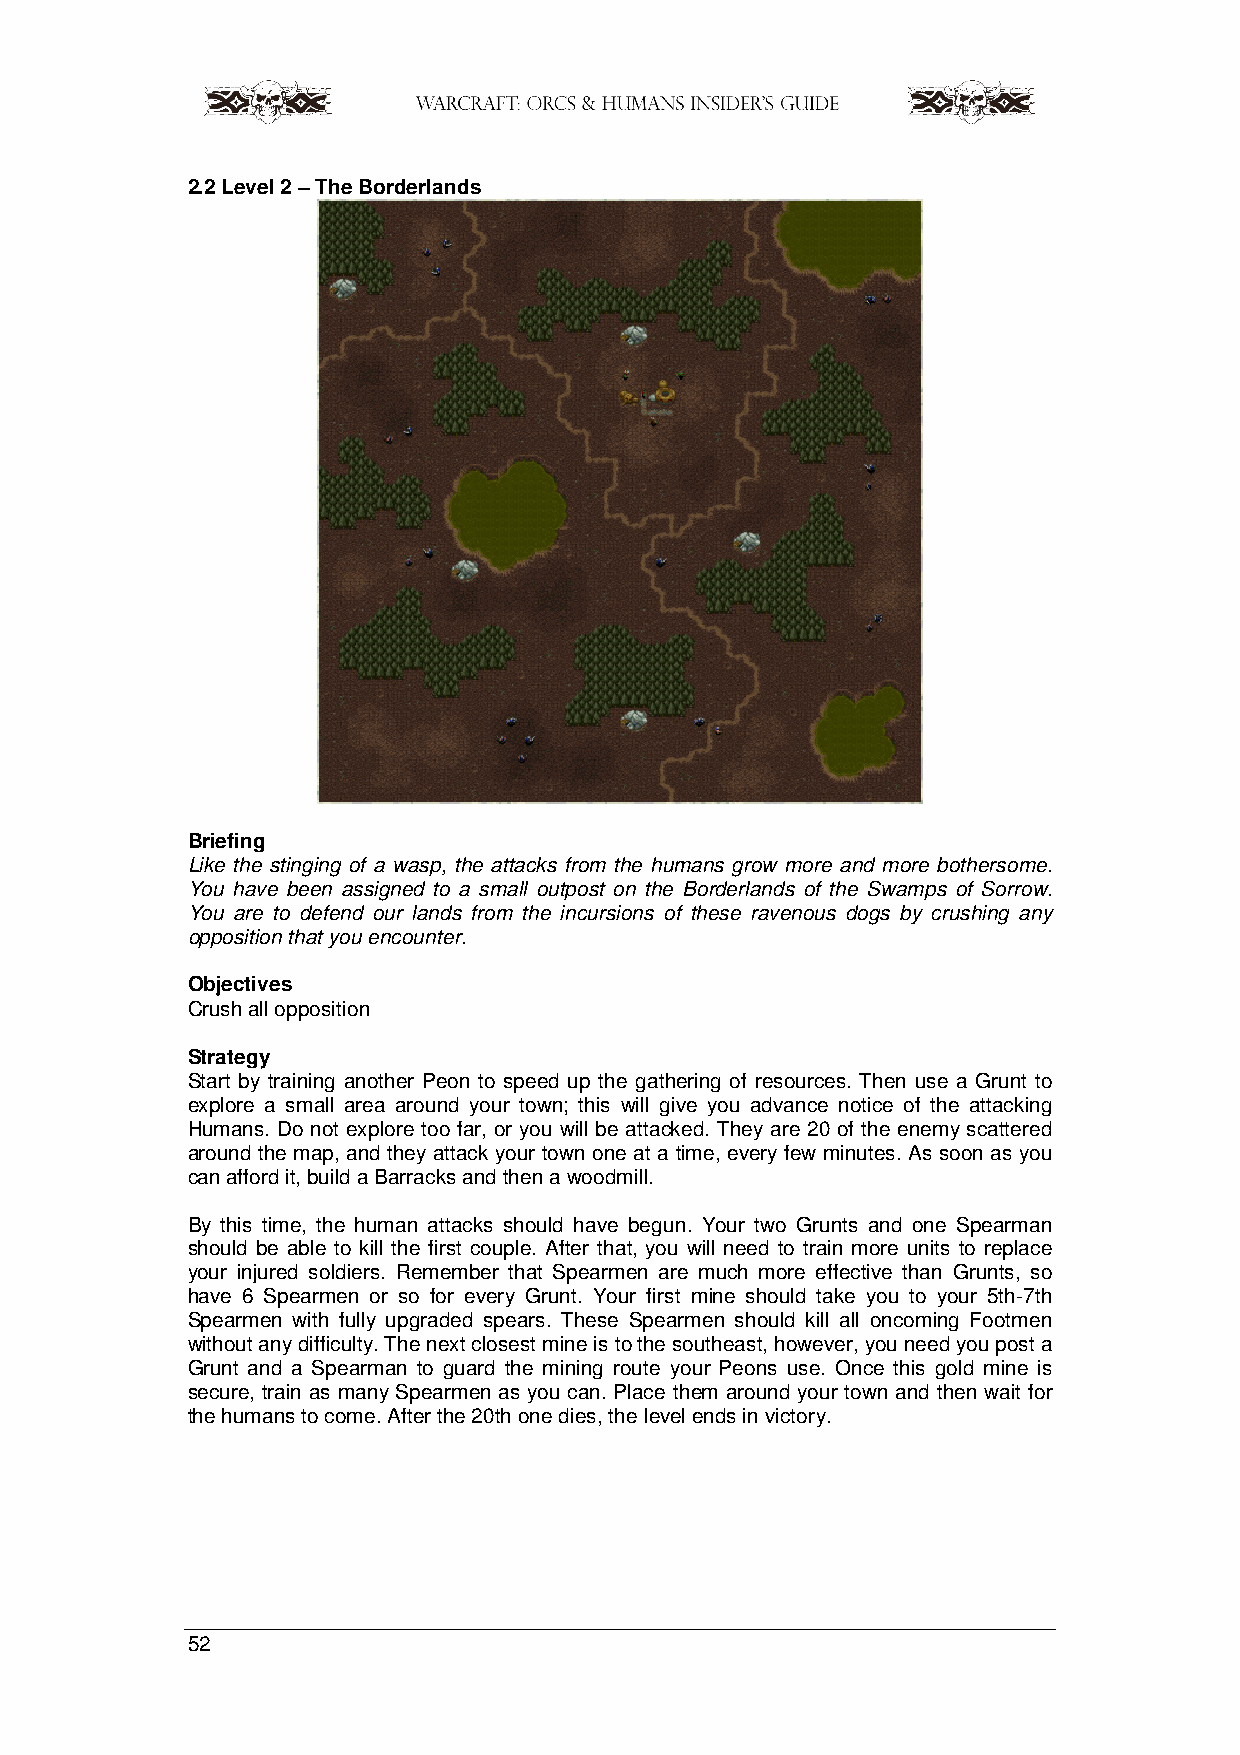
2.2 Level 2 – The Borderlands
 Briefing
 Like the stinging of a wasp, the attacks from the humans grow more and more bothersome.
 You have been assigned to a small outpost on the Borderlands of the Swamps of Sorrow.
 You are to defend our lands from the incursions of these ravenous dogs by crushing any
 opposition that you encounter.
 Objectives
 Crush all opposition
 Strategy
 Start by training another Peon to speed up the gathering of resources. Then use a Grunt to
 explore a small area around your town; this will give you advance notice of the attacking
 Humans. Do not explore too far, or you will be attacked. They are 20 of the enemy scattered
 around the map, and they attack your town one at a time, every few minutes. As soon as you
 can afford it, build a Barracks and then a woodmill.
 By this time, the human attacks should have begun. Your two Grunts and one Spearman
 should be able to kill the first couple. After that, you will need to train more units to replace
 your injured soldiers. Remember that Spearmen are much more effective than Grunts, so
 have 6 Spearmen or so for every Grunt. Your first mine should take you to your 5th-7th
 Spearmen with fully upgraded spears. These Spearmen should kill all oncoming Footmen
 without any difficulty. The next closest mine is to the southeast, however, you need you post a
 Grunt and a Spearman to guard the mining route your Peons use. Once this gold mine is
 secure, train as many Spearmen as you can. Place them around your town and then wait for
 the humans to come. After the 20th one dies, the level ends in victory.
 52